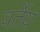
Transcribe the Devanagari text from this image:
वर्तेय